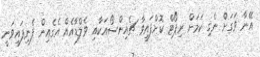
އޭނާ ވަގަށް ނެގި ކަމަށް ރިޕޯޓް ކޮށްފައިވާ ޗެއިންސޯއަކާއި ވެލްޑާއެއް އެގެއިން ފެނިފައިވަނީ